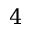
4